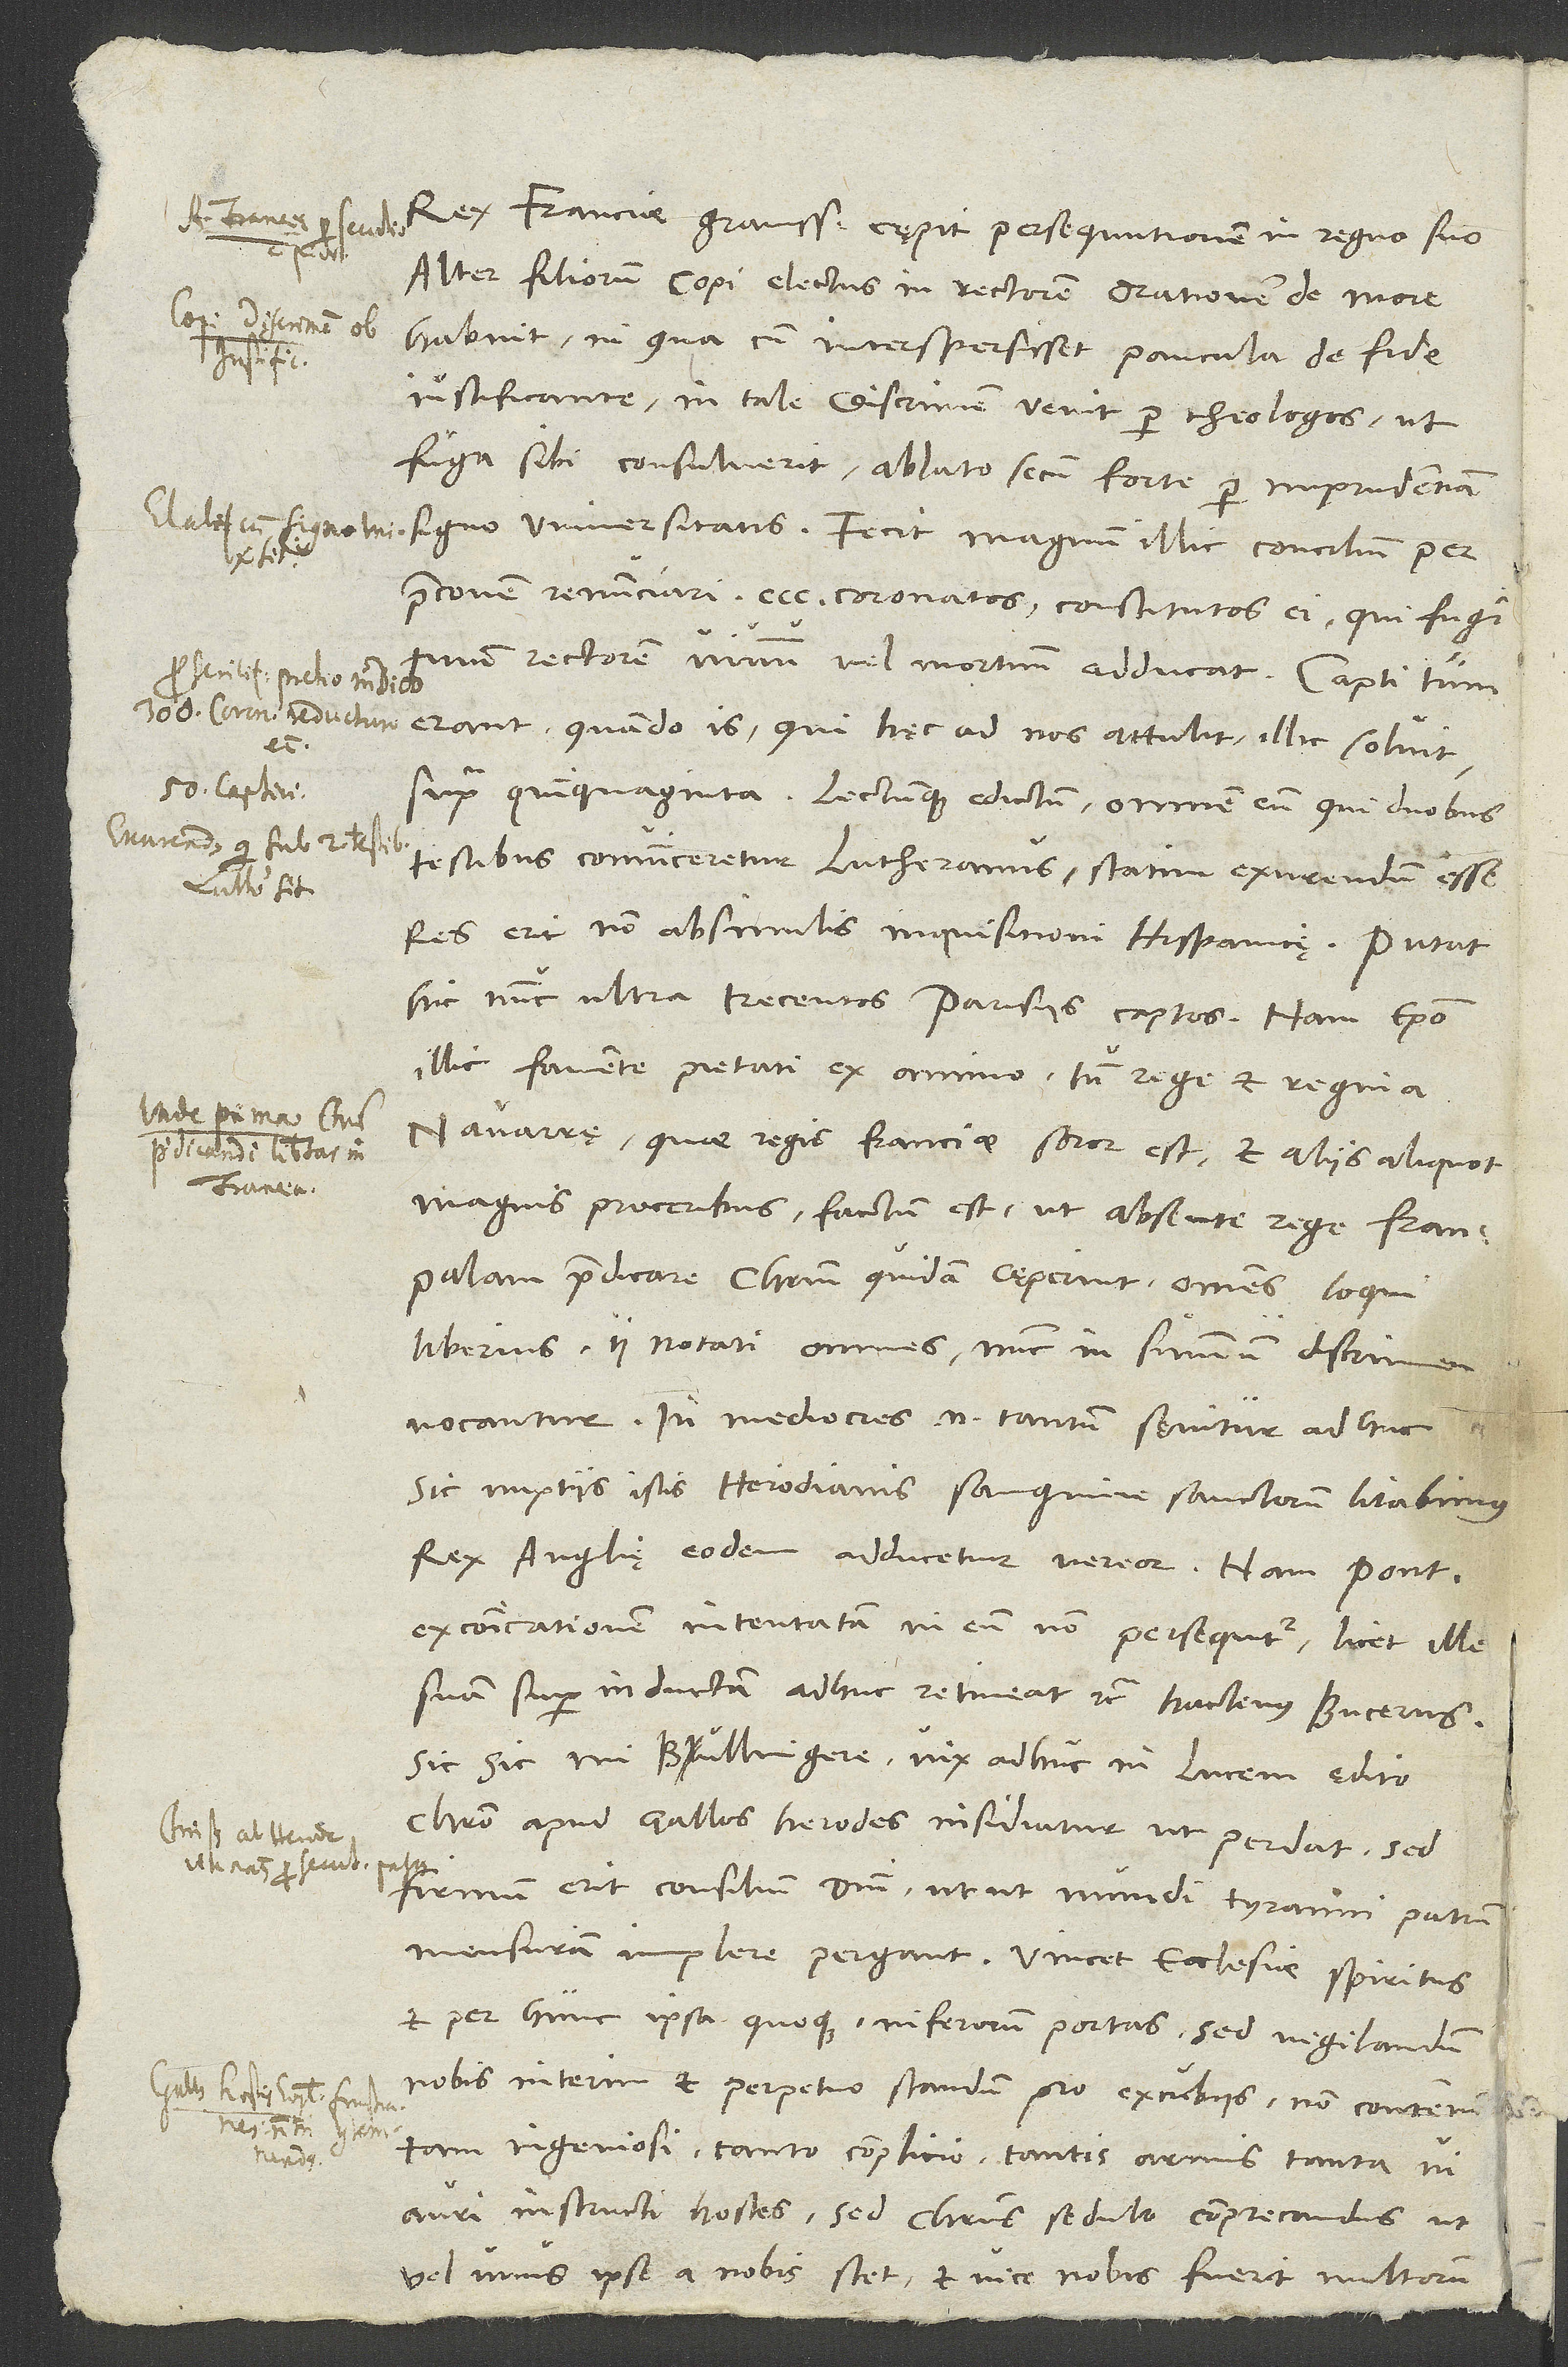
Alter filiorum Copi electus in rectorem orationem de more
habuit. In qua cum interspersisset paucula de fide
iustificante, in tale discrimen venit per theologos, ut
fuga sibi consuluerit ablato secum forte per imprudentiam
signo universitatis. Fecit magnum illic concilium per
praeconem renunciari 300 coronatos constitutos ei, qui fugitivum
rectorem vivum vel mortuum adducat. Capti tum
erant, quando is, qui haec ad nos attulit, illic solvit,
supra quinquaginta, lectumque edictum omnem eum, qui duobus
si
testibus convinceretur Lutheranus, statim exurendum esse.
Res erit non absimilis inquisitioni Hispanicae. Putat
hic nunc ultra trecentos Parisiis captos. Nam episcopo
illic favente pietati ex animo, tum rege et regina
Navarrae, quae regis Franciae soror est, et aliis aliquot
magnis proceribus factum est, ut absente rege Fran
tam ingeniosi, tanto complicio, tantis armis, tanta vi
auri instructi hostes, sed Christus sedulo comprecandus, ut
vel unus ipse a nobis stet, et vice nobis fuerit multorum